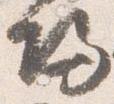
帰